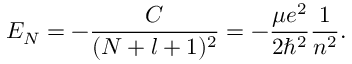
E _ { N } = - \frac { C } { ( N + l + 1 ) ^ { 2 } } = - \frac { \mu e ^ { 2 } } { 2 \hbar ^ { 2 } } \frac { 1 } { n ^ { 2 } } .